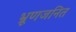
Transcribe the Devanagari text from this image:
भ्रूणजनित